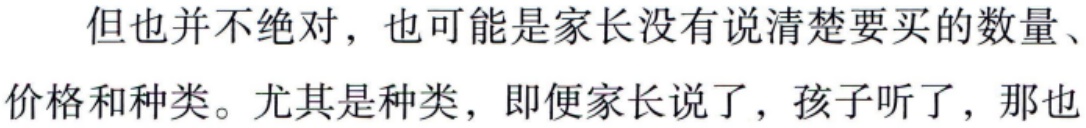
但也并不绝对，也可能是家长没有说清楚要买的数量、价格和种类。尤其是种类，即便家长说了，孩子听了，那也